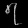
Digit: ၇